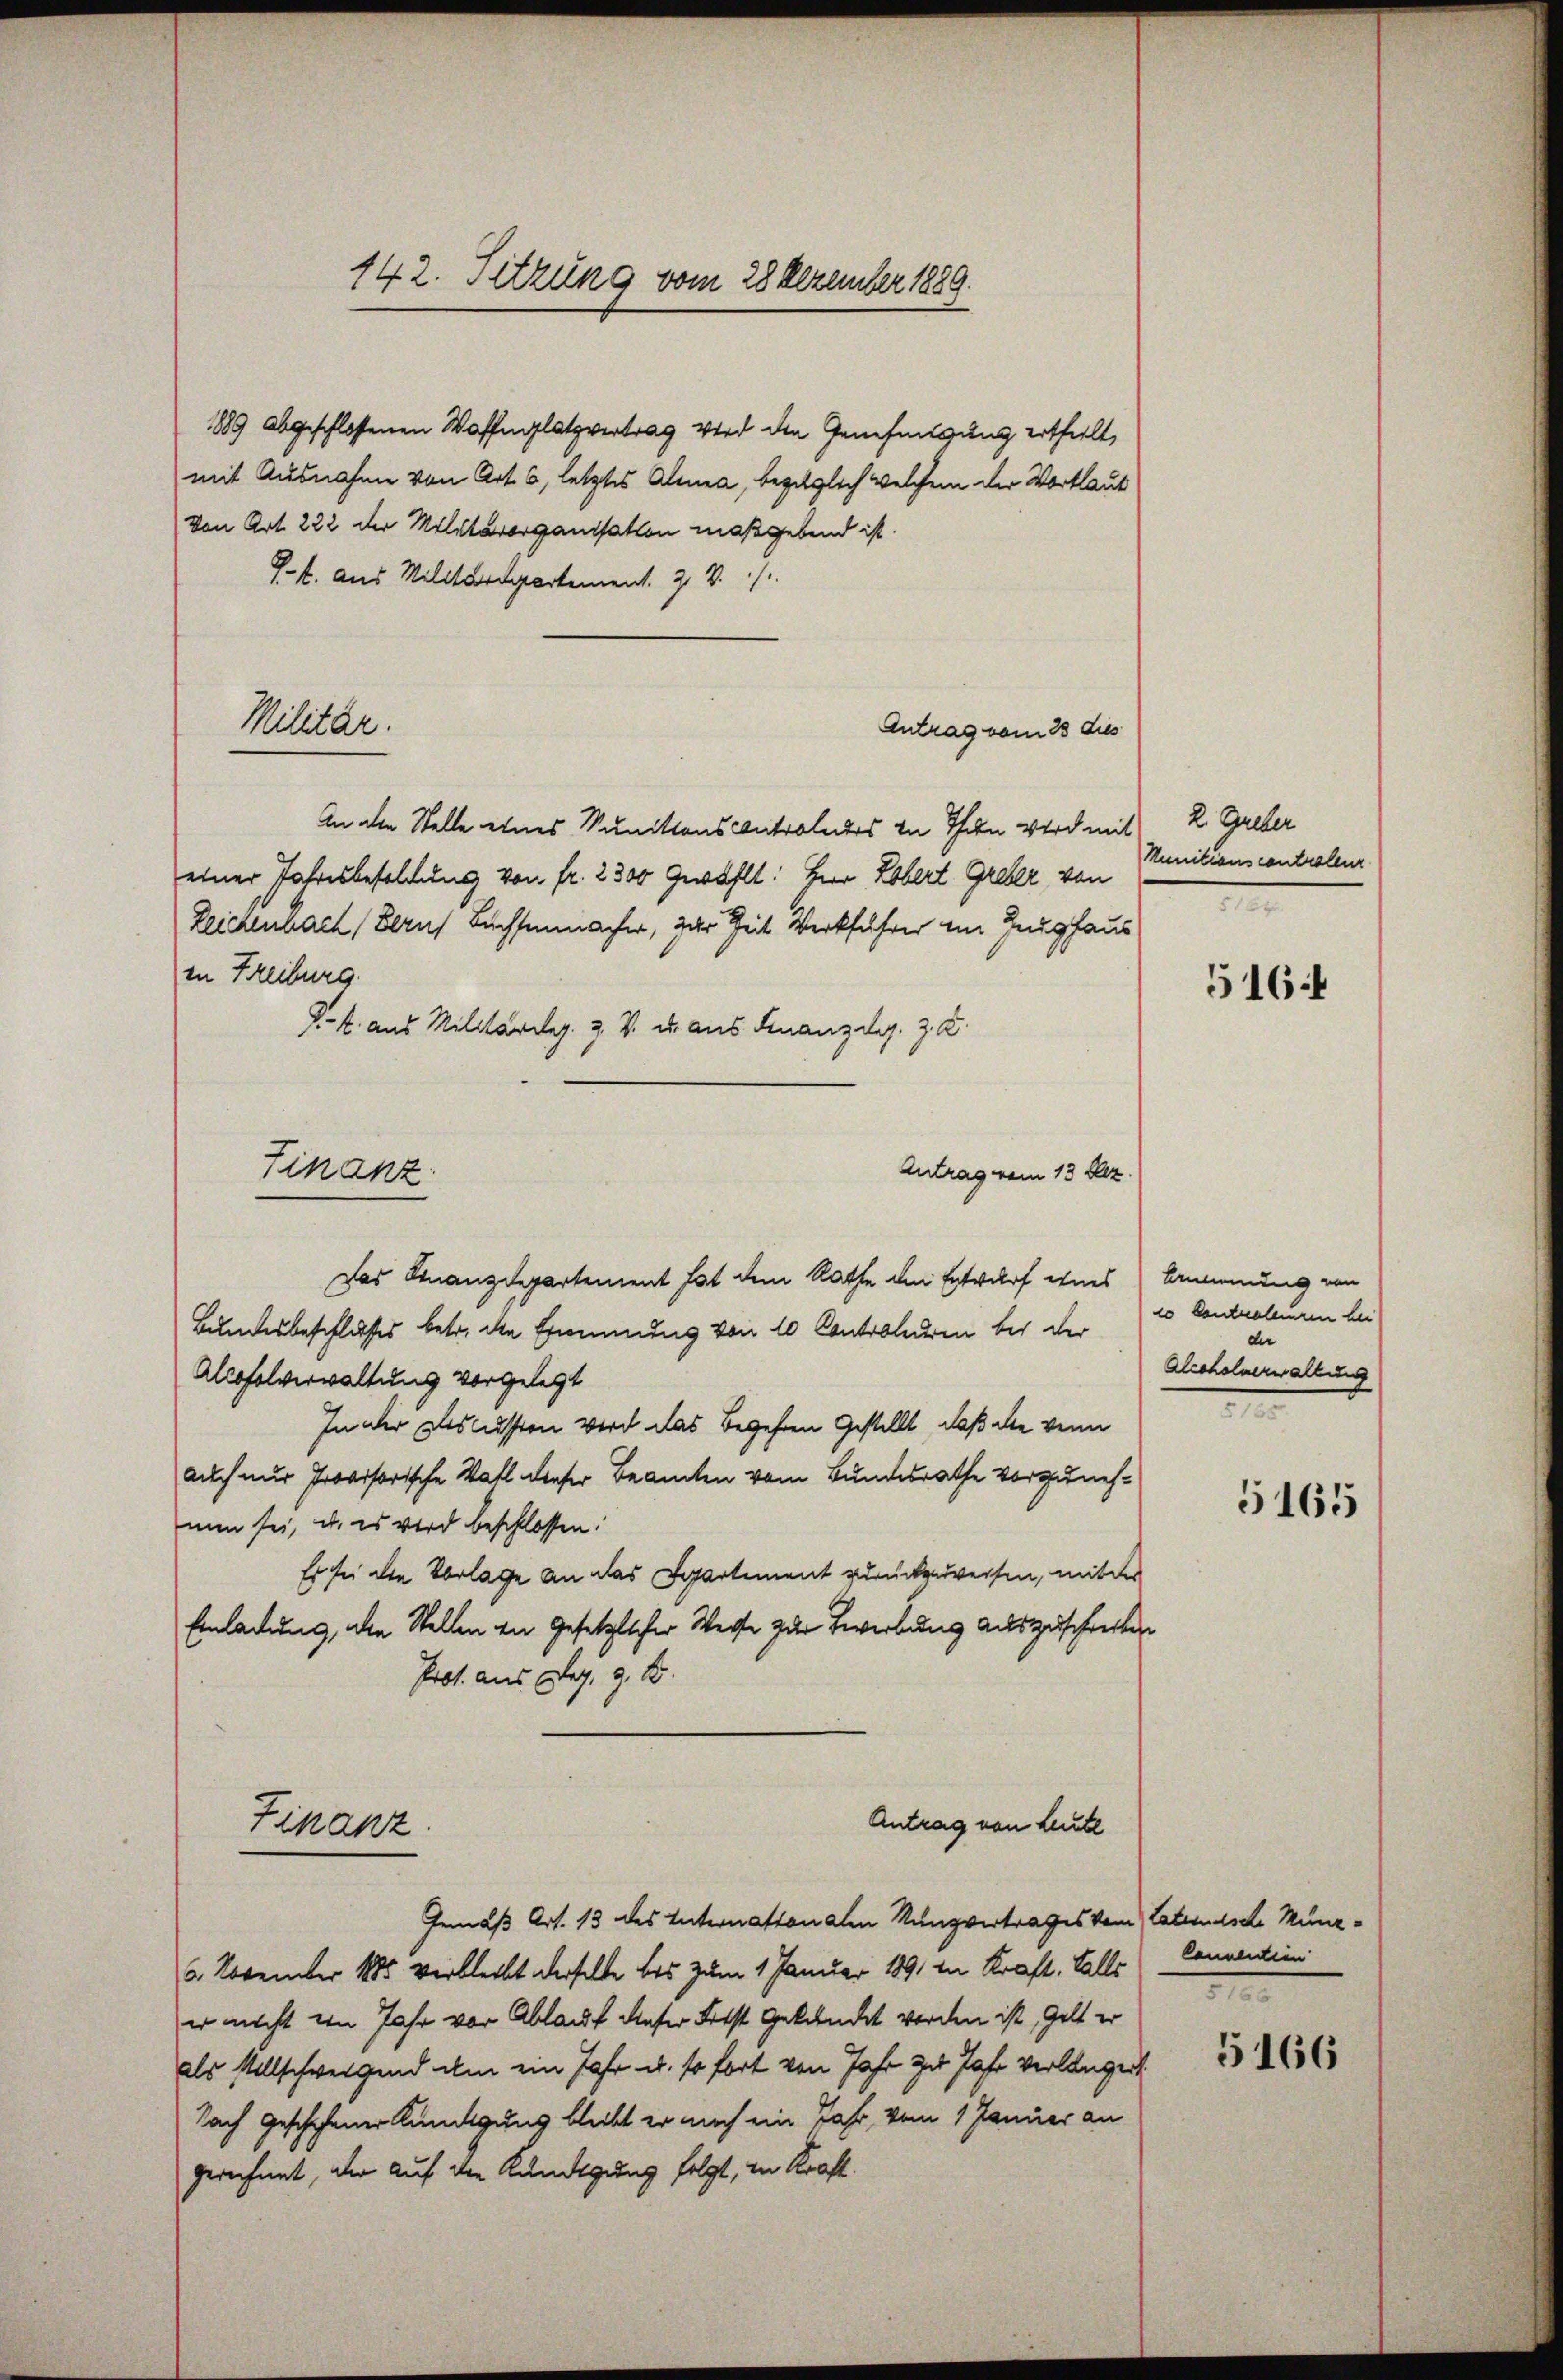
1889 abgeschlossenen Waffenplatzvertrag wird den Genehmigung ertheilt,
mit Ausnahme von Art. 6, letztes Alinea, bezüglich welchem der Wortlaut
Von Art. 222 der Militärorganisation maßgebend ist.
J.. aus Militärdepartement. 2. V.
Antrag vom 28 dies
An die Stelle eines Munitions Controleurs in Thun wird mit
einer Jahresbesoldung von fr. 2300 Gewählt: Herr Lobert Greber, von
Zeichenbach Beruf Buchsenmacher, zur Zeit Werkführer im Zeughaus
in Freiburg.
K.k. aus Militardeg. Z. V. u. aus Finanz das. z. Z.
Finanz
Antrag vom 13. Dez.
Das Finanzdepartement hat dem Rathe den Entwurf eines Benung von
Bundesbeschlusses betr. die Erinnung von 10 Controleren bei der
Allofelverwaltung vorgelegt
In der Discussion wird das Begehren gestellt, daß die wenn
auch nur Provisorische Wahl dieser Beamten vom Bundesrathe vorzunehnun sei, u. es wird beschlossen:
Es sei die Vorlage an das Departement zurückzuweisen, mit der
Einladung, die Stellen in Gesetzlicher Weise zur Zeverbung auszuschritten
Prot. aus Dez. 9. B.
Antrag von Leute

Militär.

142. Sitzung vom 28 Dezember 1889.

Zikakz

Gemäß Art. 13 des Internattonalen Nunzvertrages vom Vaterische Münz¬
2. November 1885 verbleibt derselbe bis zum 1 Januar 1891 in Kraft. Falls
er nicht ein Jahr vor Ablauf dieser Frist gekündet werden ist, Gelt er
als stellschweigend um ein Jahr u. so fort von Jahr zu Jahr verlangen
Nach geschehener Kündigung bleibt er nach ein Jahr, vom 1 Januar an
gerechnet, der auf die Kündigung folgt, in Kraft.

2. Greber
Munitions controller
e

516:

20 Centraleren bei
der
Alroholverwalt

5165

Canaliclien
7

5166